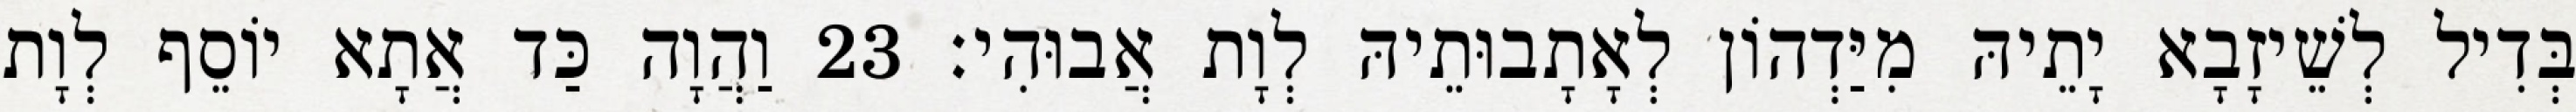
בְּדִיל לְשֵׁיזָבָא יָתֵיהּ מִיַּדְהוֹן לְאָתָבוּתֵיהּ לְוָת אֲבוּהִי׃ 23 וַהֲוָה כַּד אֲתָא יוֹסֵף לְוָת